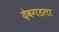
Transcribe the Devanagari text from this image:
देवगडला